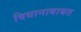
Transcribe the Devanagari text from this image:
विधानाबाबत